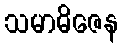
သမာဓိဇေန